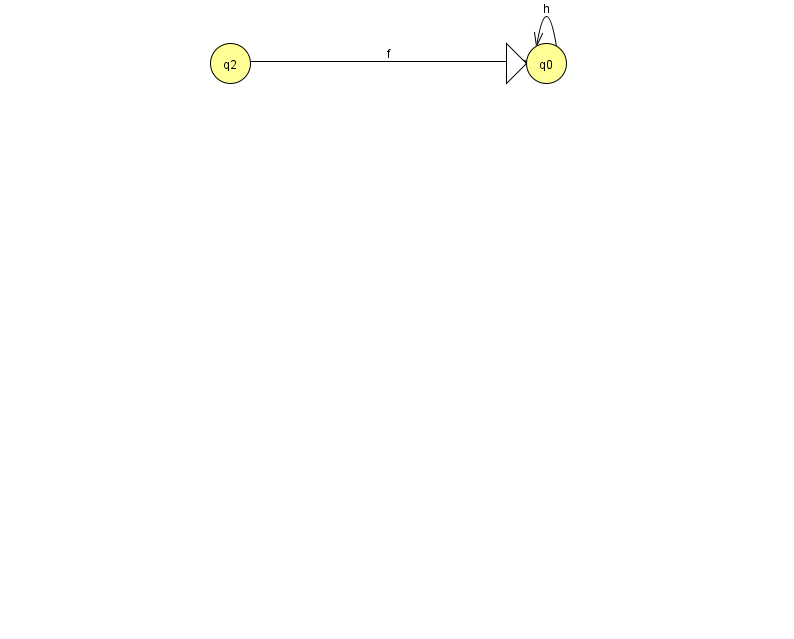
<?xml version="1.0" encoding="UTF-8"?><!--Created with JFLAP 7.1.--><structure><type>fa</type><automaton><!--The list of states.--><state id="0" name="q0"><x>546.0</x><y>50.0</y><initial/></state><state id="1" name="q1"><x>966.0</x><y>50.0</y><final/></state><state id="2" name="q2"><x>230.0</x><y>50.0</y></state><!--The list of transitions.--><transition><from>1</from><to>1</to><read>a</read></transition><transition><from>2</from><to>0</to><read>f</read></transition><transition><from>0</from><to>0</to><read>h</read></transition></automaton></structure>